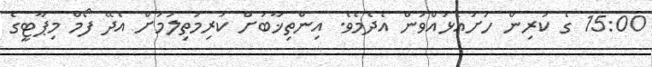
15:00 ގެ ކުރިން ހުށައެޅުއްވުން އެދެމެވެ. އިންތިޚާބަށް ކުރިމަތިލުމަށް އެދޭ ފޯމް މިޕާޓީގެ